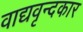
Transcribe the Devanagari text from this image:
वाद्यवृन्दकार